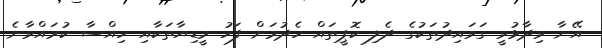
އޭނާ ވިދާޅުވީ ގަވައިދުތަކުގެ ދެލި ކޮޕީތައް ހެދުމަށް ފަހު މީޑިޔާތަކާއި ހިއްސާ ކުރައްވާނެ